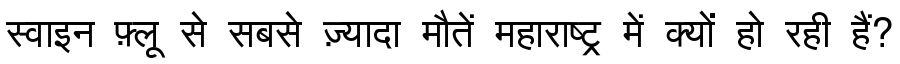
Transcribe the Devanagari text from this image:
स्वाइन फ़्लू से सबसे ज़्यादा मौतें महाराष्ट्र में क्यों हो रही हैं?